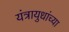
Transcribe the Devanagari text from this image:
यंत्रायुधांच्या